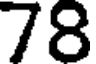
78